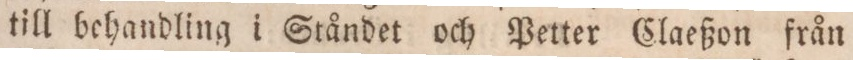
till behandling i Ståndet och Petter Claeßon från